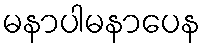
မနာပါမနာပေန